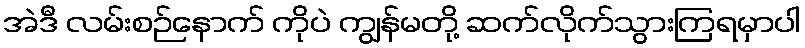
အဲဒီ လမ်းစဉ်နောက် ကိုပဲ ကျွန်မတို့ ဆက်လိုက်သွားကြရမှာပါ